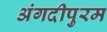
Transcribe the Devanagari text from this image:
अंगदीपुरम